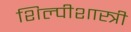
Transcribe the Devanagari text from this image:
शिल्पीशास्त्री